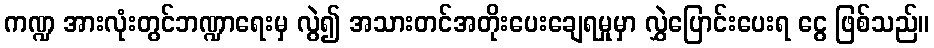
ကဏ္ဍ အားလုံးတွင်ဘဏ္ဍာရေးမှ လွဲ၍ အသားတင်အတိုးပေးချေရမှုမှာ လွှဲပြောင်းပေးရ ငွေ ဖြစ်သည်။